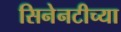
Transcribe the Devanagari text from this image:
सिनेनटीच्या